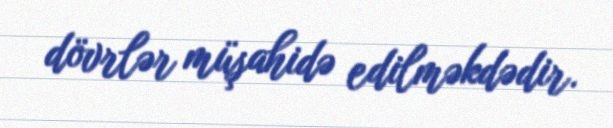
dövrlər müşahidə edilməkdədir.